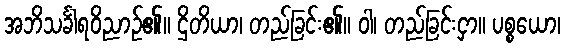
အဘိသင်္ခါရဝိညာဉ်၏။ ဌိတိယာ၊ တည်ခြင်း၏။ ဝါ၊ တည်ခြင်းငှာ။ ပစ္စယော၊